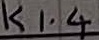
Text: K1.4